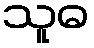
သူဓ